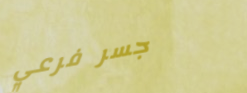
جسر فرعي